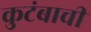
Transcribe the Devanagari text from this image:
कुटंबाची